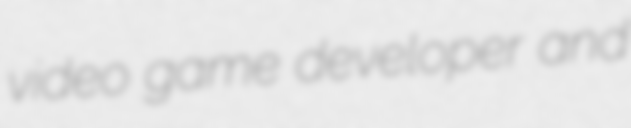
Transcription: video game developer and